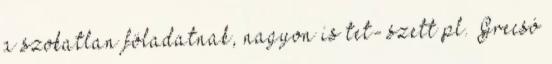
a szokatlan föladatnak, nagyon is tet- szett pl. Grecsó